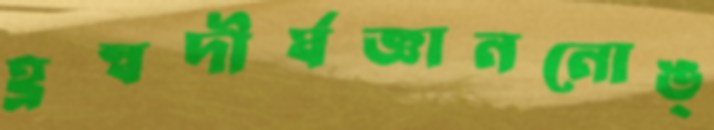
হ্রস্বদীর্ঘজ্ঞাননোঙ্